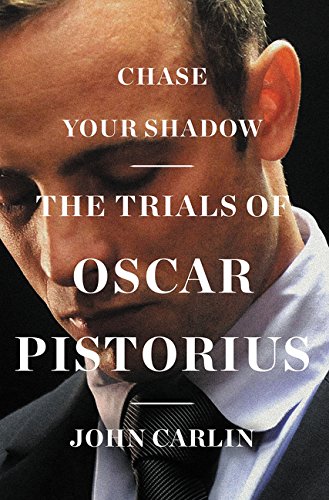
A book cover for Chase Your Shadow: The Trials of Oscar Pistorius; John Carlin; Sports & Outdoors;